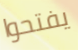
يفتحوا